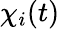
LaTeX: \chi_{i}(t)